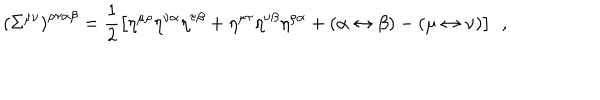
\left( \Sigma ^ { \mu \nu } \right) ^ { \rho \tau \alpha \beta } = \frac 1 2 \left[ \eta ^ { \mu \rho } \eta ^ { \nu \alpha } \eta ^ { \tau \beta } + \eta ^ { \mu \tau } \eta ^ { \nu \beta } \eta ^ { \rho \alpha } + \left( \alpha \leftrightarrow \beta \right) - \left( \mu \leftrightarrow \nu \right) \right] \; \, ,